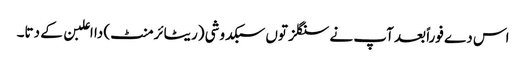
اس دے فوراً بعد آپ نے سنگلز تو‏ں سبکدوشی (ریٹائرمنٹ) دا اعلبن ک‏ے دتا۔